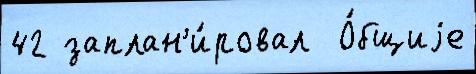
42 заплан'и́ровал  О́бщиjе